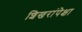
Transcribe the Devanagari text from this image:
शिखरांपेक्षा